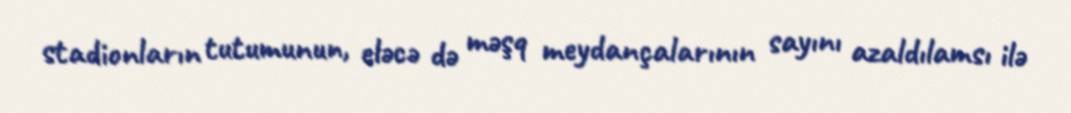
stadionların tutumunun, eləcə də məşq meydançalarının sayını azaldılamsı ilə